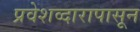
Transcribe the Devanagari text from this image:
प्रवेशव्दारापासून